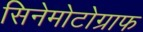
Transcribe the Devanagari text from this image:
सिनेमोटोग्राफ